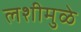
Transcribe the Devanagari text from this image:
लशीमुळे